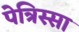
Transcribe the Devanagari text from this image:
पेत्रिस्सा